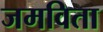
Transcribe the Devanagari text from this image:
जमविता